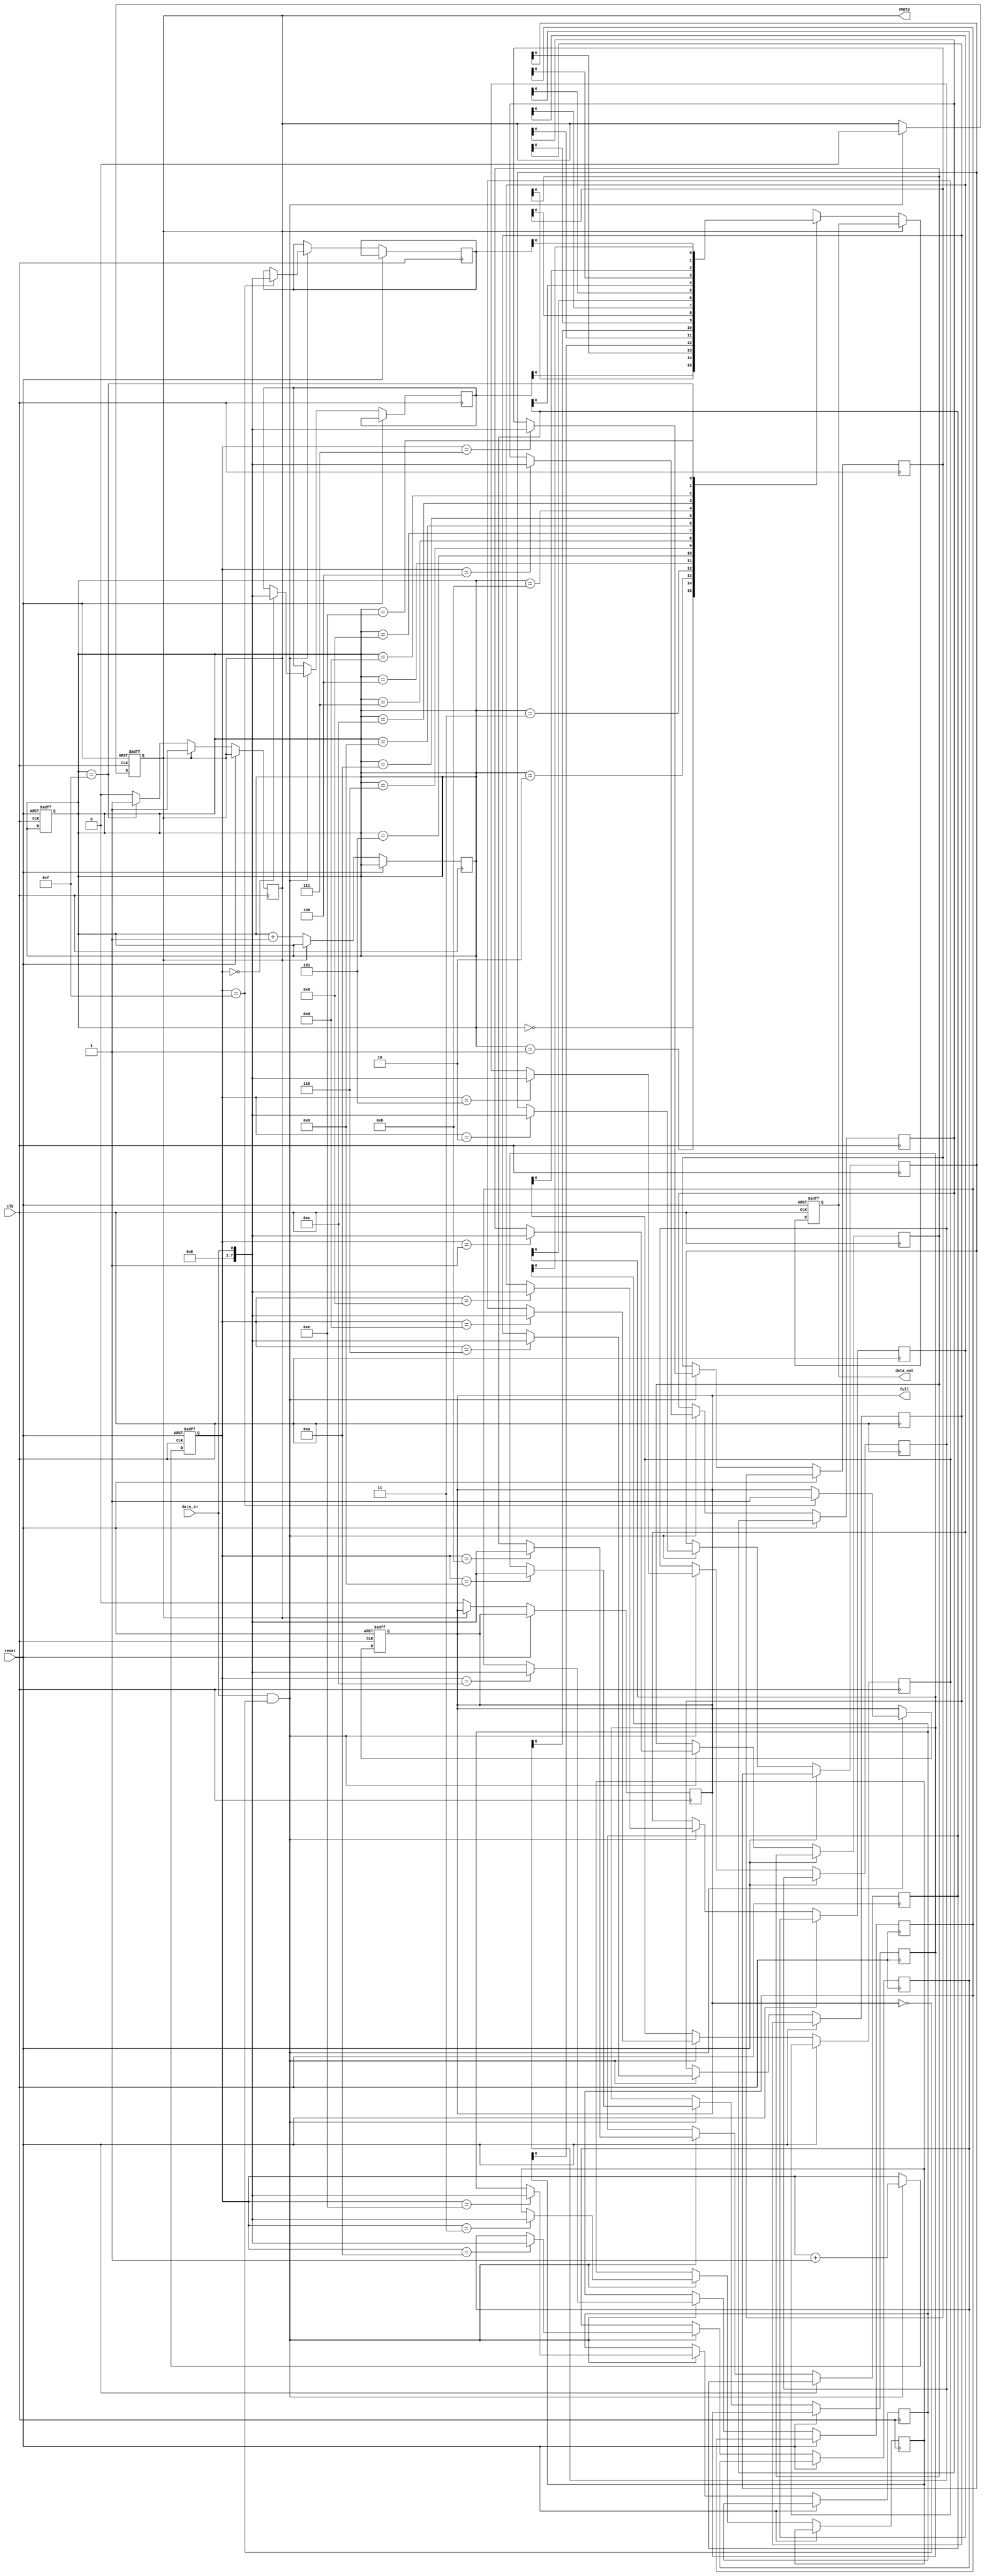
module level_sensitive_fifo (
  input wire clk,
  input wire reset,
  input wire data_in,
  output reg data_out,
  output reg full,
  output reg empty
);

reg [7:0] fifo [0:15]; // FIFO buffer with 16 entries
reg [3:0] write_ptr;
reg [3:0] read_ptr;

always @(posedge clk or posedge reset) begin
  if (reset) begin
    write_ptr <= 0;
    read_ptr <= 0;
    full <= 0;
    empty <= 1;
  end else begin
    if (data_in && !full) begin
      fifo[write_ptr] <= data_in;
      write_ptr <= write_ptr + 1;
      if (write_ptr == 15) begin
        full <= 1;
      end
      empty <= 0;
    end
  end
end

always @(posedge clk or posedge reset) begin
  if (reset) begin
    data_out <= 0;
  end else begin
    if (!empty) begin
      data_out <= fifo[read_ptr];
      read_ptr <= read_ptr + 1;
      if (read_ptr == 15) begin
        empty <= 1;
      end
      full <= 0;
    end
  end
end

endmodule